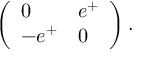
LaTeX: \left( \begin{array} { l l } { { 0 } } & { { e ^ { + } } } \\ { { - e ^ { + } } } & { { 0 } } \end{array} \right) .